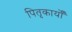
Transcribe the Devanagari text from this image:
पितृकार्यों